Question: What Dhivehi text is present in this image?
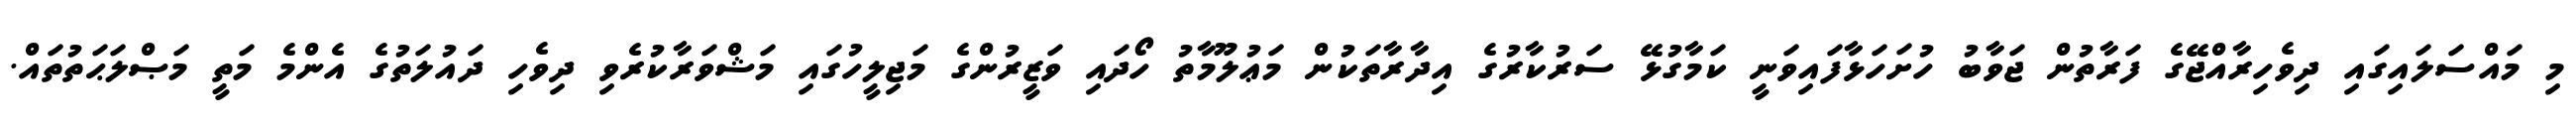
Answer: މި މައްސަލައިގައި ދިވެހިރާއްޖޭގެ ފަރާތުން ޖަވާބު ހުށަހަޅާފައިވަނީ ކަމާގުޅޭ ސަރުކާރުގެ އިދާރާތަކުން މަޢުލޫމާތު ހޯދައި ވަޒީރުންގެ މަޖިލީހުގައި މަޝްވަރާކުރެވި ދިވެހި ދައުލަތުގެ އެންމެ މަތީ މަޞްލަޙަތުތައް.